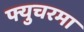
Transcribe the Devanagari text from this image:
फ्युचरमा